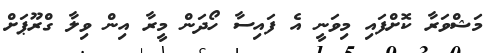
މަޝްވަރާ ކޮށްފައި މިވަނީ އެ ފައިސާ ހޯދަން މީރާ އިން ވިލާ ގްރޫޕަށް